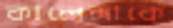
কালেঙ্গাকে